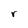
Character: r